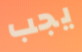
يجب